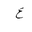
Letter: _ayn